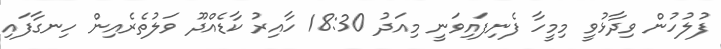
ފުލުހުން ވިދާޅުވީ މިމީހާ ފެނިފައިވަނީ މިއަދު 18:30 ހާއިރު ކާޑެއްދޫ ވަލުތެރެއިން ހިނގާފައި